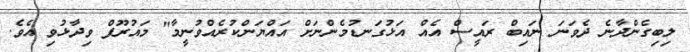
ލިބިގެންދާނެ ދެވަނަ ނައިބް ރައީސް އެއް އަޅުގަނޑުމެންނަށް އައްޔަންކުރެއްވުނީމާ" މައުރޫފް ވިދާޅުވި އެވެ.